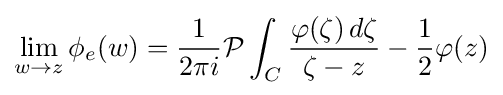
\lim _{w\to z}\phi _{e}(w)={\frac {1}{2\pi i}}{\mathcal {P}}\int _{C}{\frac {\varphi (\zeta )\,d\zeta }{\zeta -z}}-{\frac {1}{2}}\varphi (z)